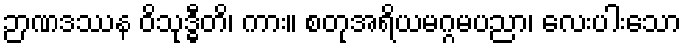
ဉာဏဒဿန ဝိသုဒ္ဓီတိ၊ ကား။ စတုအရိယမဂ္ဂမပညာ၊ လေးပါးသော